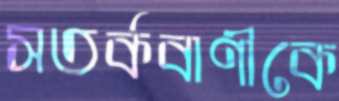
সতর্কবাণীকে